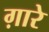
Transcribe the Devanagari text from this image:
ग़ारे